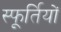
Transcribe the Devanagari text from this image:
स्फूर्तियों